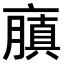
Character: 𠆍